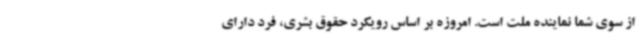
از سوی شما نماینده ملت است. امروزه بر اساس رویکرد حقوق بشری، فرد دارای